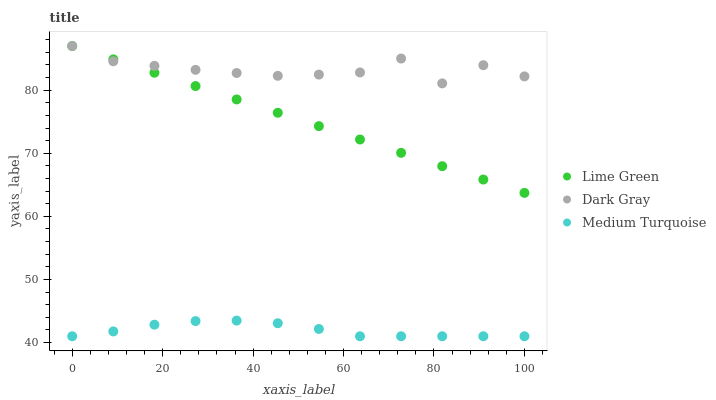
| xaxis_label | Lime Green | Dark Gray | Medium Turquoise |
 | --- | --- | --- | --- |
 | 0 | 87 | 87 | 41 |
 | 9.09 | 84.9 | 84.6 | 41.8 |
 | 18.2 | 82.8 | 83.9 | 42.8 |
 | 27.3 | 80.7 | 83.2 | 43.4 |
 | 36.4 | 78.5 | 82.7 | 43.5 |
 | 45.5 | 76.4 | 82.3 | 43.1 |
 | 54.5 | 74.3 | 82.5 | 42.2 |
 | 63.6 | 72.2 | 82.8 | 41 |
 | 72.7 | 70.1 | 85 | 41 |
 | 81.8 | 68 | 81.1 | 41 |
 | 90.9 | 65.8 | 84 | 41 |
 | 100 | 63.7 | 82.2 | 41 |